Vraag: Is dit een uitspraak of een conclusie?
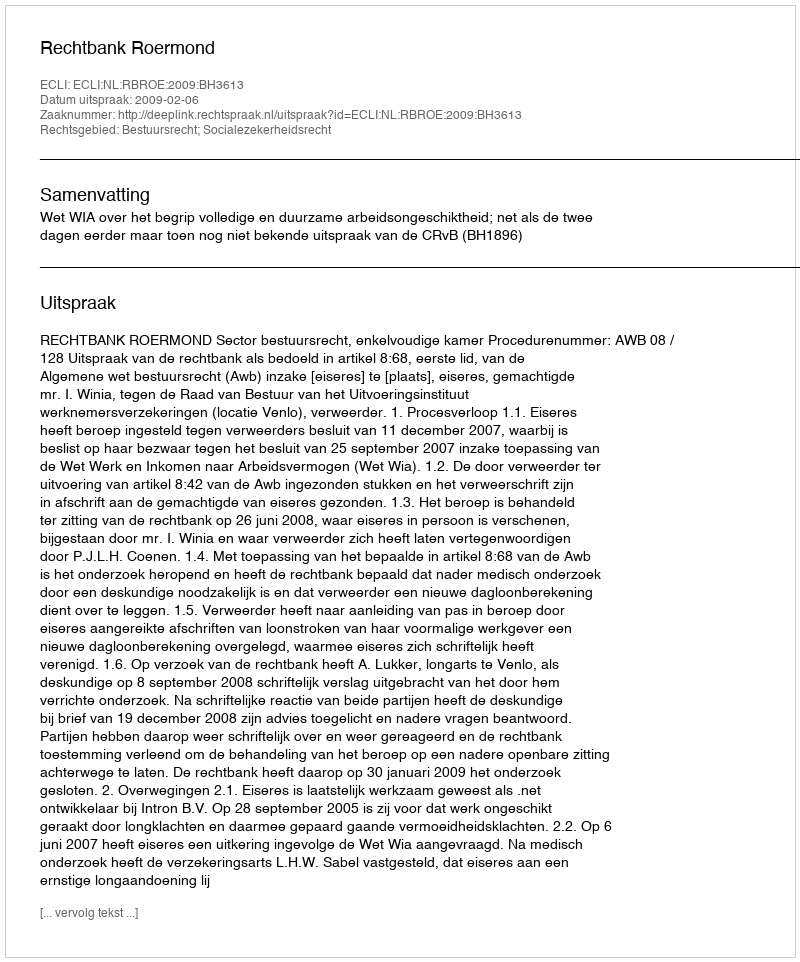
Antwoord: Uitspraak